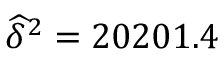
\widehat { \delta } ^ { 2 } = 2 0 2 0 1 . 4